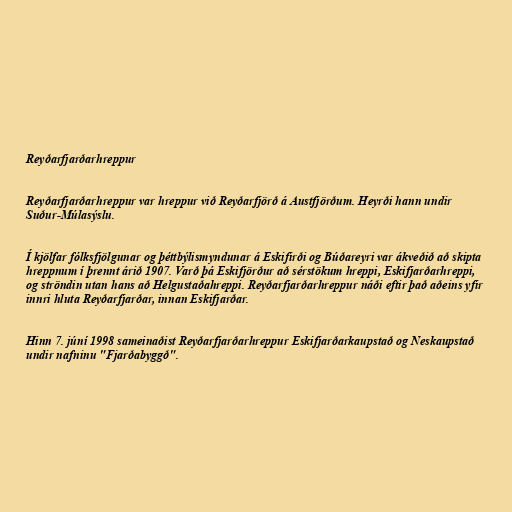
Reyðarfjarðarhreppur

Reyðarfjarðarhreppur var hreppur við Reyðarfjörð á Austfjörðum. Heyrði hann undir
Suður-Múlasýslu.

Í kjölfar fólksfjölgunar og þéttbýlismyndunar á Eskifirði og Búðareyri var ákveðið að skipta
hreppnum í þrennt árið 1907. Varð þá Eskifjörður að sérstökum hreppi, Eskifjarðarhreppi,
og ströndin utan hans að Helgustaðahreppi. Reyðarfjarðarhreppur náði eftir það aðeins yfir
innri hluta Reyðarfjarðar, innan Eskifjarðar.

Hinn 7. júní 1998 sameinaðist Reyðarfjarðarhreppur Eskifjarðarkaupstað og Neskaupstað
undir nafninu "Fjarðabyggð".